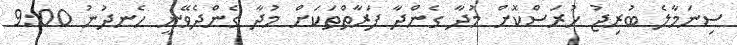
ސިނަމާލެ ބުރިޖު ހުރަސްކޮށް މުދާ ގެންދާ ފަރާތްތަކަށް މުދާ ގެންދެވޭނީ ހެނދުނު 9:00